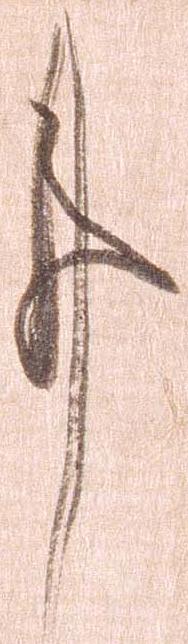
事